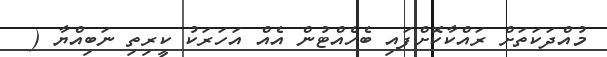
މުއްދަކަތަށް ރައްކާކޮށްފައި ބެހެއްޓުން އެއް އަހަރަކު ކީރިތި ނަބިއްޔާ (